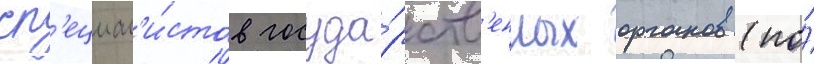
сп'ециал'и́стов госуда́рств'енных органов (по́